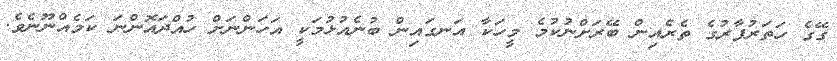
ގޭގެ ހަތަރުފާރުގެ ތެރެއިން ބޭރަށްނުކުމެ މީހަކާ އަނގައިން ބުނެއުޅުމަކީ އަހަންނަށް ހުއްދައޮންނަ ކަމެއްނޫނެވެ.